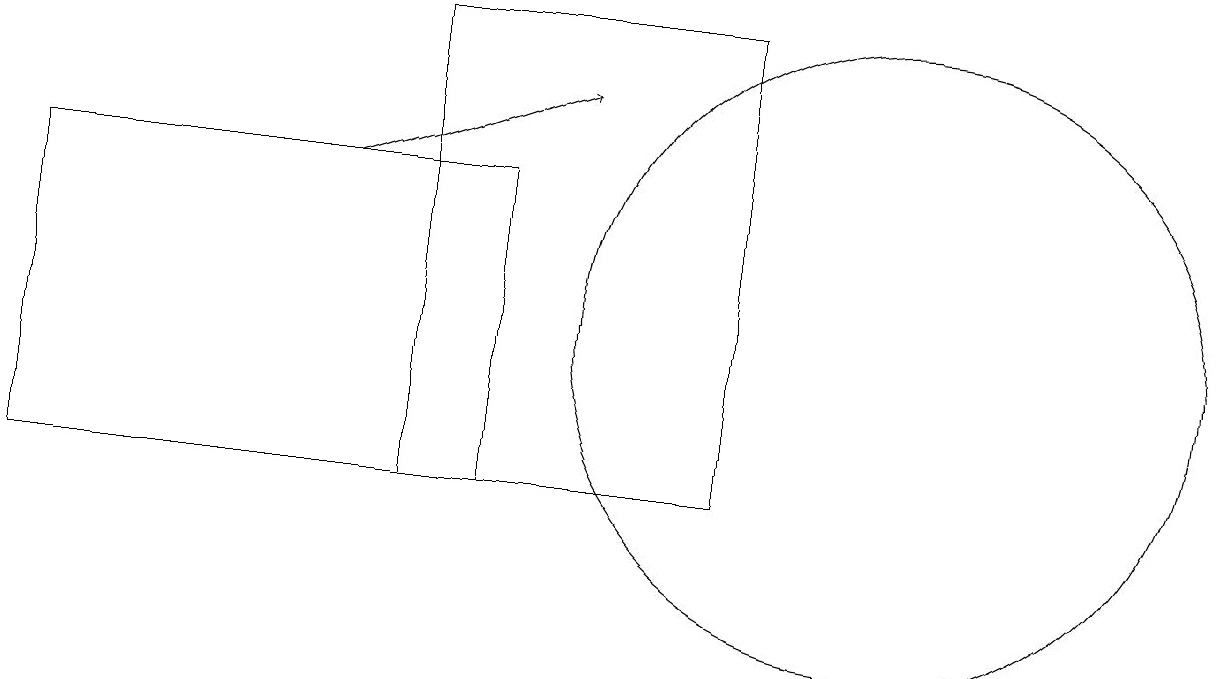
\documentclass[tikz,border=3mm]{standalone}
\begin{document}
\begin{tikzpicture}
\draw (5,16) rectangle (9,10);
\draw (0,14) rectangle (6,10);
\draw[->] (4,14) -- (7,15);
\draw (11,12) circle (4);
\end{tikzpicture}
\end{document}